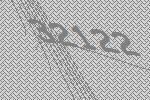
32122